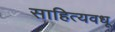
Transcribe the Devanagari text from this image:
साहित्यवधू